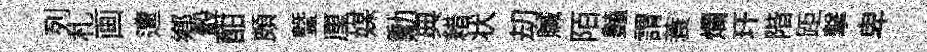
列札画遭郷轂酣頗暨厘媒勳典耤状刧贓陌𧰟謂蓑爛玕階距撃卑